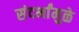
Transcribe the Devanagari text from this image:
संदर्भांमुळे